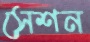
সেশন